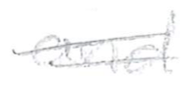
Text: and
Cross-out: double-line
Writing tool: pencil